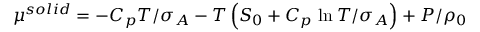
\mu ^ { s o l i d } = - C _ { p } T / \sigma _ { A } - T \left( S _ { 0 } + C _ { p } \; \mathrm { l n } \: T / \sigma _ { A } \right) + P / \rho _ { 0 } \,